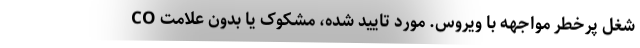
شغل پرخطر مواجهه با ویروس. مورد تایید شده، مشکوک یا بدون علامت CO